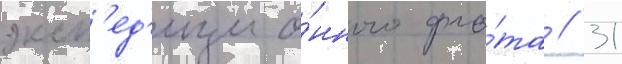
эксп'ед'ицио́нного фло́та // 31